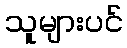
သူများပင်